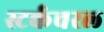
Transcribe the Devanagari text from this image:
स्टर्कचरल